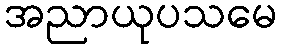
အညာယုပသမေ